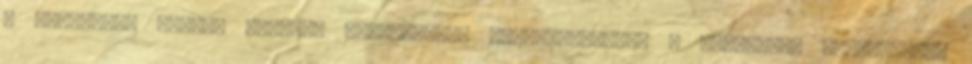
a felsorolt nádori emberek valamelyike visszafoglalja a veszprémi káptalannak